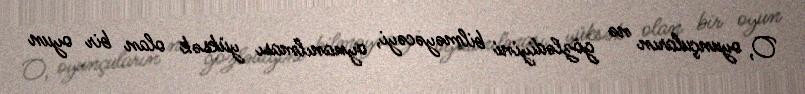
O, oyunçuların nə gözlədiyini bilməyəcəyi, oynanılması yüksək olan bir oyun